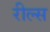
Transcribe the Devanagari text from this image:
रील्स